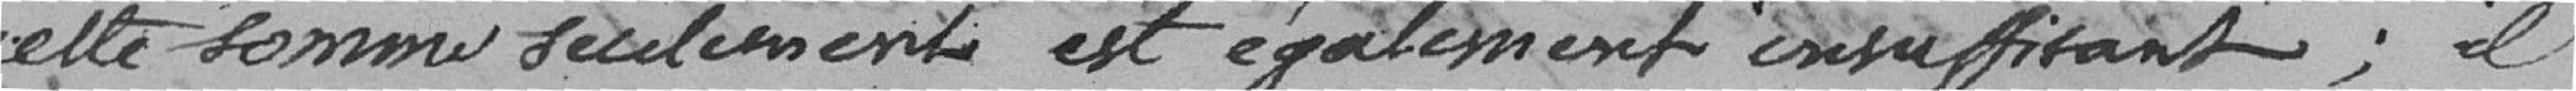
cette somme seulement est également insuffisante; il